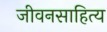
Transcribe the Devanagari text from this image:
जीवनसाहित्य